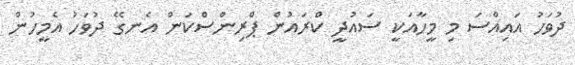
ދުވަހު އައިއްސަ މި މީހާއަކީ ސައުދީ ކްރައުން ޕްރިންސްކަން އެނގޭ ދުވަހު އެމީހުން